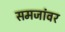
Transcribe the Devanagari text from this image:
समजांवर